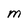
Character: M